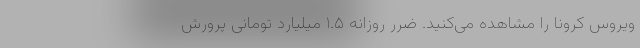
ویروس کرونا را مشاهده می‌کنید. ضرر روزانه ۱.۵ میلیارد تومانی پرورش